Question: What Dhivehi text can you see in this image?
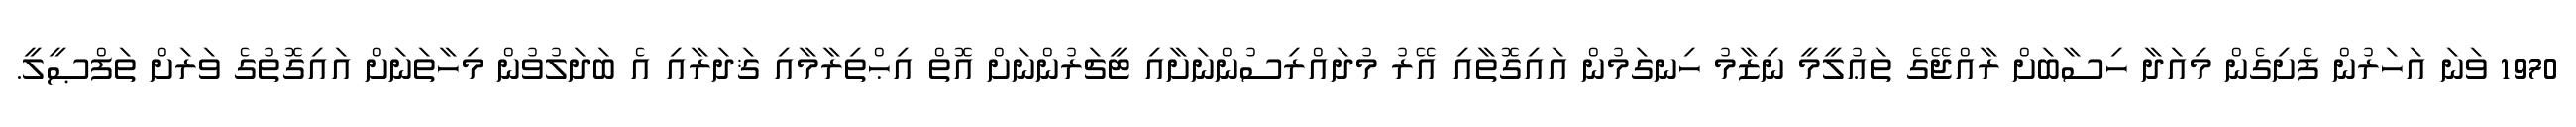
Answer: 1970 ވަނަ އަހަރުން ފެށިގެން މިއަދާ ހިސާބަށް ރާއްޖޭގެ ތަޢުލީމީ ނިޒާމު ހިނގަމުން އައިގޮތާއި އޭރު މުދައްރިސުންނަށާއި ޓީޗަރުންނަށް އޮތް އިޙްތިރާމާއި ޤަދަރާއި އެ ބަދަލުވުން މިހާތަނަށް އައިގޮތުގެ ވަރަށް ތަފްޞީލީ.